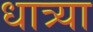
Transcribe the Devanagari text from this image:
धात्र्या